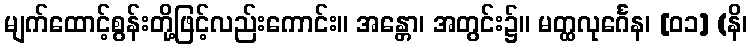
မျက်ထောင့်စွန်းတို့ဖြင့်လည်းကောင်း။ အန္တော၊ အတွင်း၌။ မတ္ထလုင်္ဂေန၊ [၀၁] (နိ၊